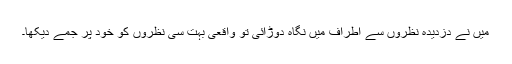
میں نے دزدیدہ نظروں سے اطراف میں نگاہ دوڑائی تو واقعی بہت سی نظروں کو خود پر جمے دیکھا۔